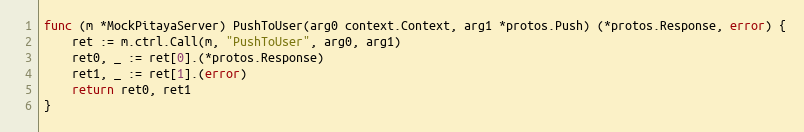
Language: Go
func (m *MockPitayaServer) PushToUser(arg0 context.Context, arg1 *protos.Push) (*protos.Response, error) {
	ret := m.ctrl.Call(m, "PushToUser", arg0, arg1)
	ret0, _ := ret[0].(*protos.Response)
	ret1, _ := ret[1].(error)
	return ret0, ret1
}